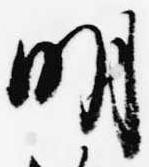
明